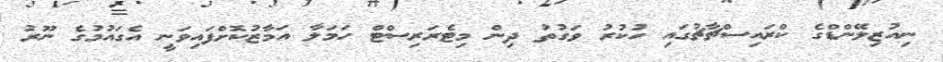
ނިއުޒިލޭންޑްގެ ކްރައިސްޗާޗުގައި ހުކުރު ވަގުތު ދިން މިޓެރަރިސްޓް ހަމަލާ އަމާޒުކޮށްފައިވަނީ އެގައުމުގެ ނޫރު